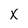
Character: X